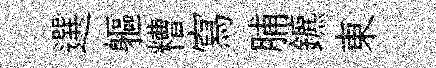
選軀糟寫脯鑣東